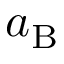
a _ { \mathrm { B } }